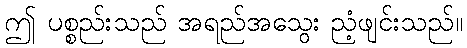
ဤ ပစ္စည်းသည် အရည်အသွေး ညံ့ဖျင်းသည်။